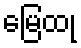
မြေထု